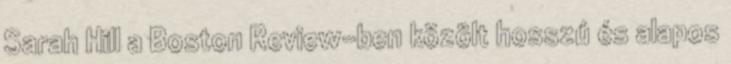
Sarah Hill a Boston Review-ben közölt hosszú és alapos